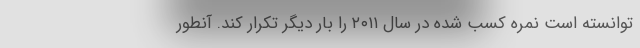
توانسته است نمره کسب شده در سال ٢٠١١ را بار دیگر تکرار کند. آنطور